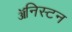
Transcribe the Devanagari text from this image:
ॲनिस्टन